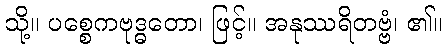
သို့။ ပစ္စေကဗုဒ္ဓတော၊ ဖြင့်။ အနုဿရိတဗ္ဗံ၊ ၏။